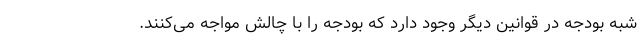
شبه بودجه در قوانین دیگر وجود دارد که بودجه را با چالش مواجه می‌کنند.